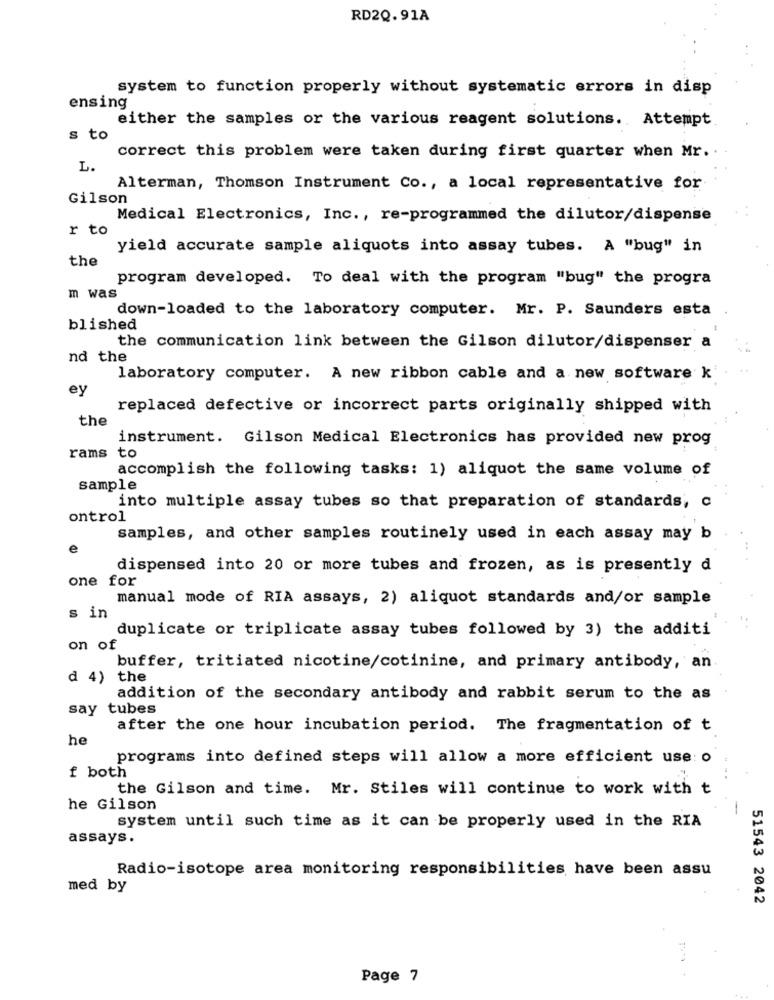
RD2Q. 91A
system to function properly without systematic errors in disp
ensing
either the samples or the various reagent solutions. Attempt
s to
correct this problem were taken during first quarter when Mr.
L.
Alterman, Thomson Instrument Co ., a local representative for
Gilson
Medical Electronics, Inc ., re-programmed the dilutor/dispense
r to
yield accurate sample aliquots into assay tubes. A "bug" in
the
program developed. To deal with the program "bug" the progra
m was
down-loaded to the laboratory computer. Mr. P. Saunders esta
blished
the communication link between the Gilson dilutor/dispenser a
nd the
laboratory computer. A new ribbon cable and a new software k'
ey
replaced defective or incorrect parts originally shipped with
the
instrument. Gilson Medical Electronics has provided new prog
rams
to
accomplish the following tasks: 1) aliquot the same volume of
sample
into multiple assay tubes so that preparation of standards, c
ontrol
samples, and other samples routinely used in each assay may b
e
dispensed into 20 or more tubes and frozen, as is presently d
one for
manual mode of RIA assays, 2) aliquot standards and/or sample
s in
duplicate or triplicate assay tubes followed by 3) the additi
on of
buffer, tritiated nicotine/cotinine, and primary antibody, an
d 4) the
addition of the secondary antibody and rabbit serum to the as
say tubes
after the one hour incubation period. The fragmentation of t
he
programs into defined steps will allow a more efficient use: o
f both
the Gilson and time. Mr. Stiles will continue to work with t
he Gilson
system until such time as it can be properly used in the RIA
assays.
Radio-isotope area monitoring responsibilities have been assu
med by
51543 2042
Page 7